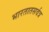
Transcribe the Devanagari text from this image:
भारतातसर्वत्र